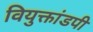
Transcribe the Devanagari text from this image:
वियुक्तांडपी